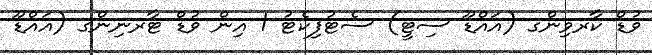
ވުޑް ކާރވިންގ (އައްޑޫ ސިޓީ) ސެޓުފިކެޓު 1 އިން ވުޑް ޓާރނިންގ (އައްޑޫ